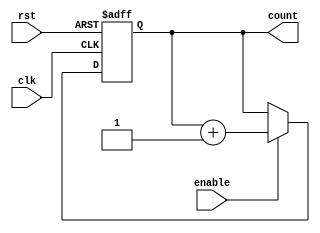
module Binary_Up_Counter_Enable (
    input wire clk,
    input wire rst,
    input wire enable,
    output reg [N-1:0] count
);

parameter N = 4; // Number of bits in the counter

always @(posedge clk or negedge rst) begin
    if (rst == 1'b0) begin
        count <= 0;
    end else if (enable == 1'b1) begin
        count <= count + 1;
    end
end

endmodule